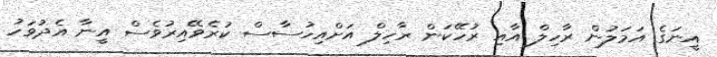
އީނަގެ އަމަލުން ރާހިލް އާއި ރުހޭކަން ރާހިލް އަށްއިހުސާސް ކުރެވޭއިރުވެސް އީނާ އެދުވަހު